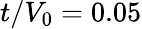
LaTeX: t/V_{0}=0.05